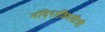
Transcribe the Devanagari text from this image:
मंदिराविषयीची